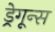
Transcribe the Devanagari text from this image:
ड्रेगून्स